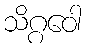
သိဂ္ဂဝေါ